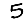
Digit: 5